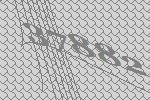
37882